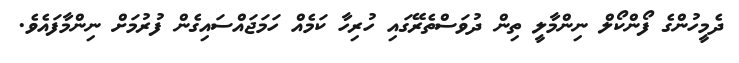
ދެމީހުންގެ ފޯންކޯލް ނިންމާލީ ތިން ދުވަސްތެރޭގައި ހުރިހާ ކަމެއް ހަމަޖައްސައިގެން ފުރުމަށް ނިންމާފައެވެ.